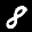
Label: 8